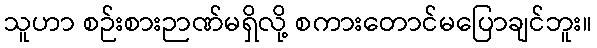
သူဟာ စဉ်းစားဉာဏ်မရှိလို့ စကားတောင်မပြောချင်ဘူး။